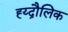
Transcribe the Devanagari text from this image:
ह्य्द्रौलिक